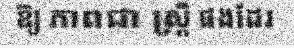
ឱ្យ ភាពជា ស្ត្រី ផងដែរ